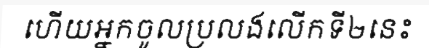
ហើយអ្នកចូលប្រលងលើកទី២នេះ